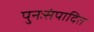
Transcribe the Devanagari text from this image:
पुनःसंपादित